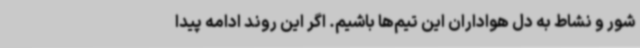
شور و نشاط به دل هواداران این تیم‌ها باشیم. اگر این روند ادامه پیدا